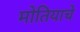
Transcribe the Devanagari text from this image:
मोतियाचे